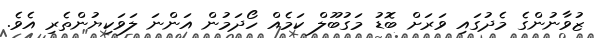
ޒުވާނުންގެ މެދުގައި ވަަަރަށް ބޮޑު މަގުބޫލް ކަމެއް ހޯދަމުން އަންނަ ލަވަކިޔުންތެރި އެވެ.